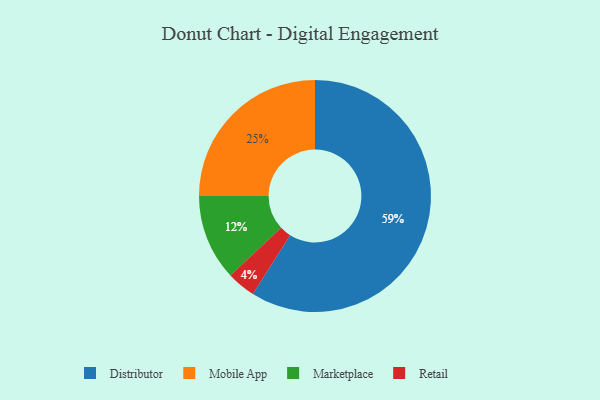
{"axis": {"x": "Category", "y": "Percentage"}, "legend": ["Distributor", "Marketplace", "Mobile App", "Retail"], "data": [{"x": "Retail", "y": 4, "type": "Retail"}, {"x": "Mobile App", "y": 25, "type": "Mobile App"}, {"x": "Marketplace", "y": 12, "type": "Marketplace"}, {"x": "Distributor", "y": 59, "type": "Distributor"}]}